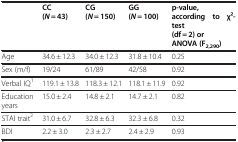
<table><thead><tr><td><b> </b></td><td><b>CC (<i>N</i> = 43)</b></td><td><b>CG (<i>N</i> = 150)</b></td><td><b>GG (<i>N</i> = 100)</b></td><td><b>p-value, according to χ2-test (df = 2) or ANOVA (F<sub>2,290</sub>)</b></td></tr></thead><tbody><tr><td>Age</td><td>34.6 ± 12.3</td><td>34.0 ± 12.3</td><td>31.8 ± 10.4</td><td>0.25</td></tr><tr><td>Sex (m/f)</td><td>19/24</td><td>61/89</td><td>42/58</td><td>0.92</td></tr><tr><td>Verbal IQ<sup>1</sup></td><td>119.1 ± 13.8</td><td>118.3 ± 12.1</td><td>118.1 ± 11.9</td><td>0.92</td></tr><tr><td>Education years</td><td>15.0 ± 2.4</td><td>14.8 ± 2.1</td><td>14.7 ± 2.1</td><td>0.82</td></tr><tr><td>STAI trait<sup>2</sup></td><td>31.0 ± 6.7</td><td>32.8 ± 6.3</td><td>32.3 ± 6.8</td><td>0.32</td></tr><tr><td>BDI</td><td>2.2 ± 3.0</td><td>2.3 ± 2.7</td><td>2.4 ± 2.9</td><td>0.93</td></tr></tbody></table>